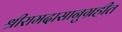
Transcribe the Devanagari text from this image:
श्रीरामदासानुग्रहीत